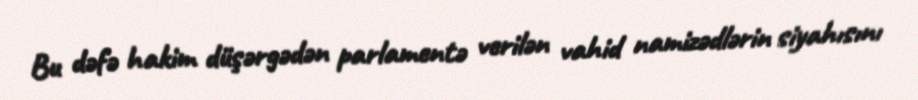
Bu dəfə hakim düşərgədən parlamentə verilən vahid namizədlərin siyahısını